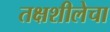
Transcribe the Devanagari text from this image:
तक्षशीलेचा